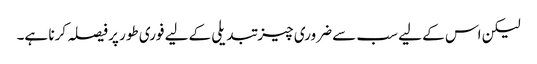
لیکن اس کے لیے سب سے ضروری چیز تبدیلی کےلیے فوری طور پر فیصلہ کرنا ہے۔